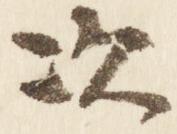
次